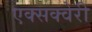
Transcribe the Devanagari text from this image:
एक्सक्वेरी